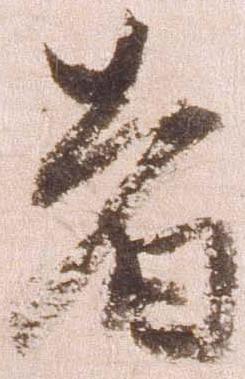
者